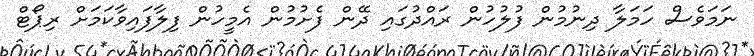
ނަމަވެސް ހަމަލާ ދިނުމުން ފުލުހުން ރައްދުގައި ދޭން ފެށުމުން އެމީހުން ފިލާފައިވާކަމަށް ރިޕޯޓް